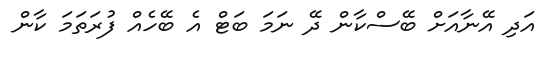
އަދި އޭނާއަށް ބޭސްކާން ދޭ ނަމަ ބަޓް އެ ބޭހެއް ފުރަތަމަ ކާން